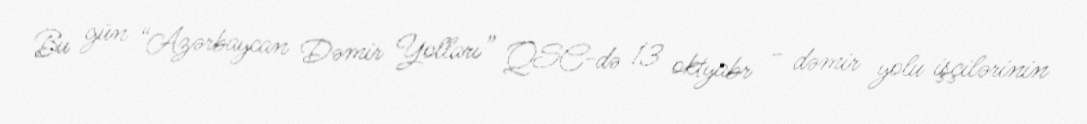
Bu gün “Azərbaycan Dəmir Yolları” QSC-də 13 oktyabr - dəmir yolu işçilərinin